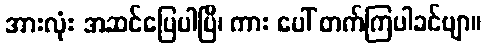
အားလုံး အဆင်ပြေပါပြီ၊ ကား ပေါ် တက်ကြပါခင်ဗျာ။